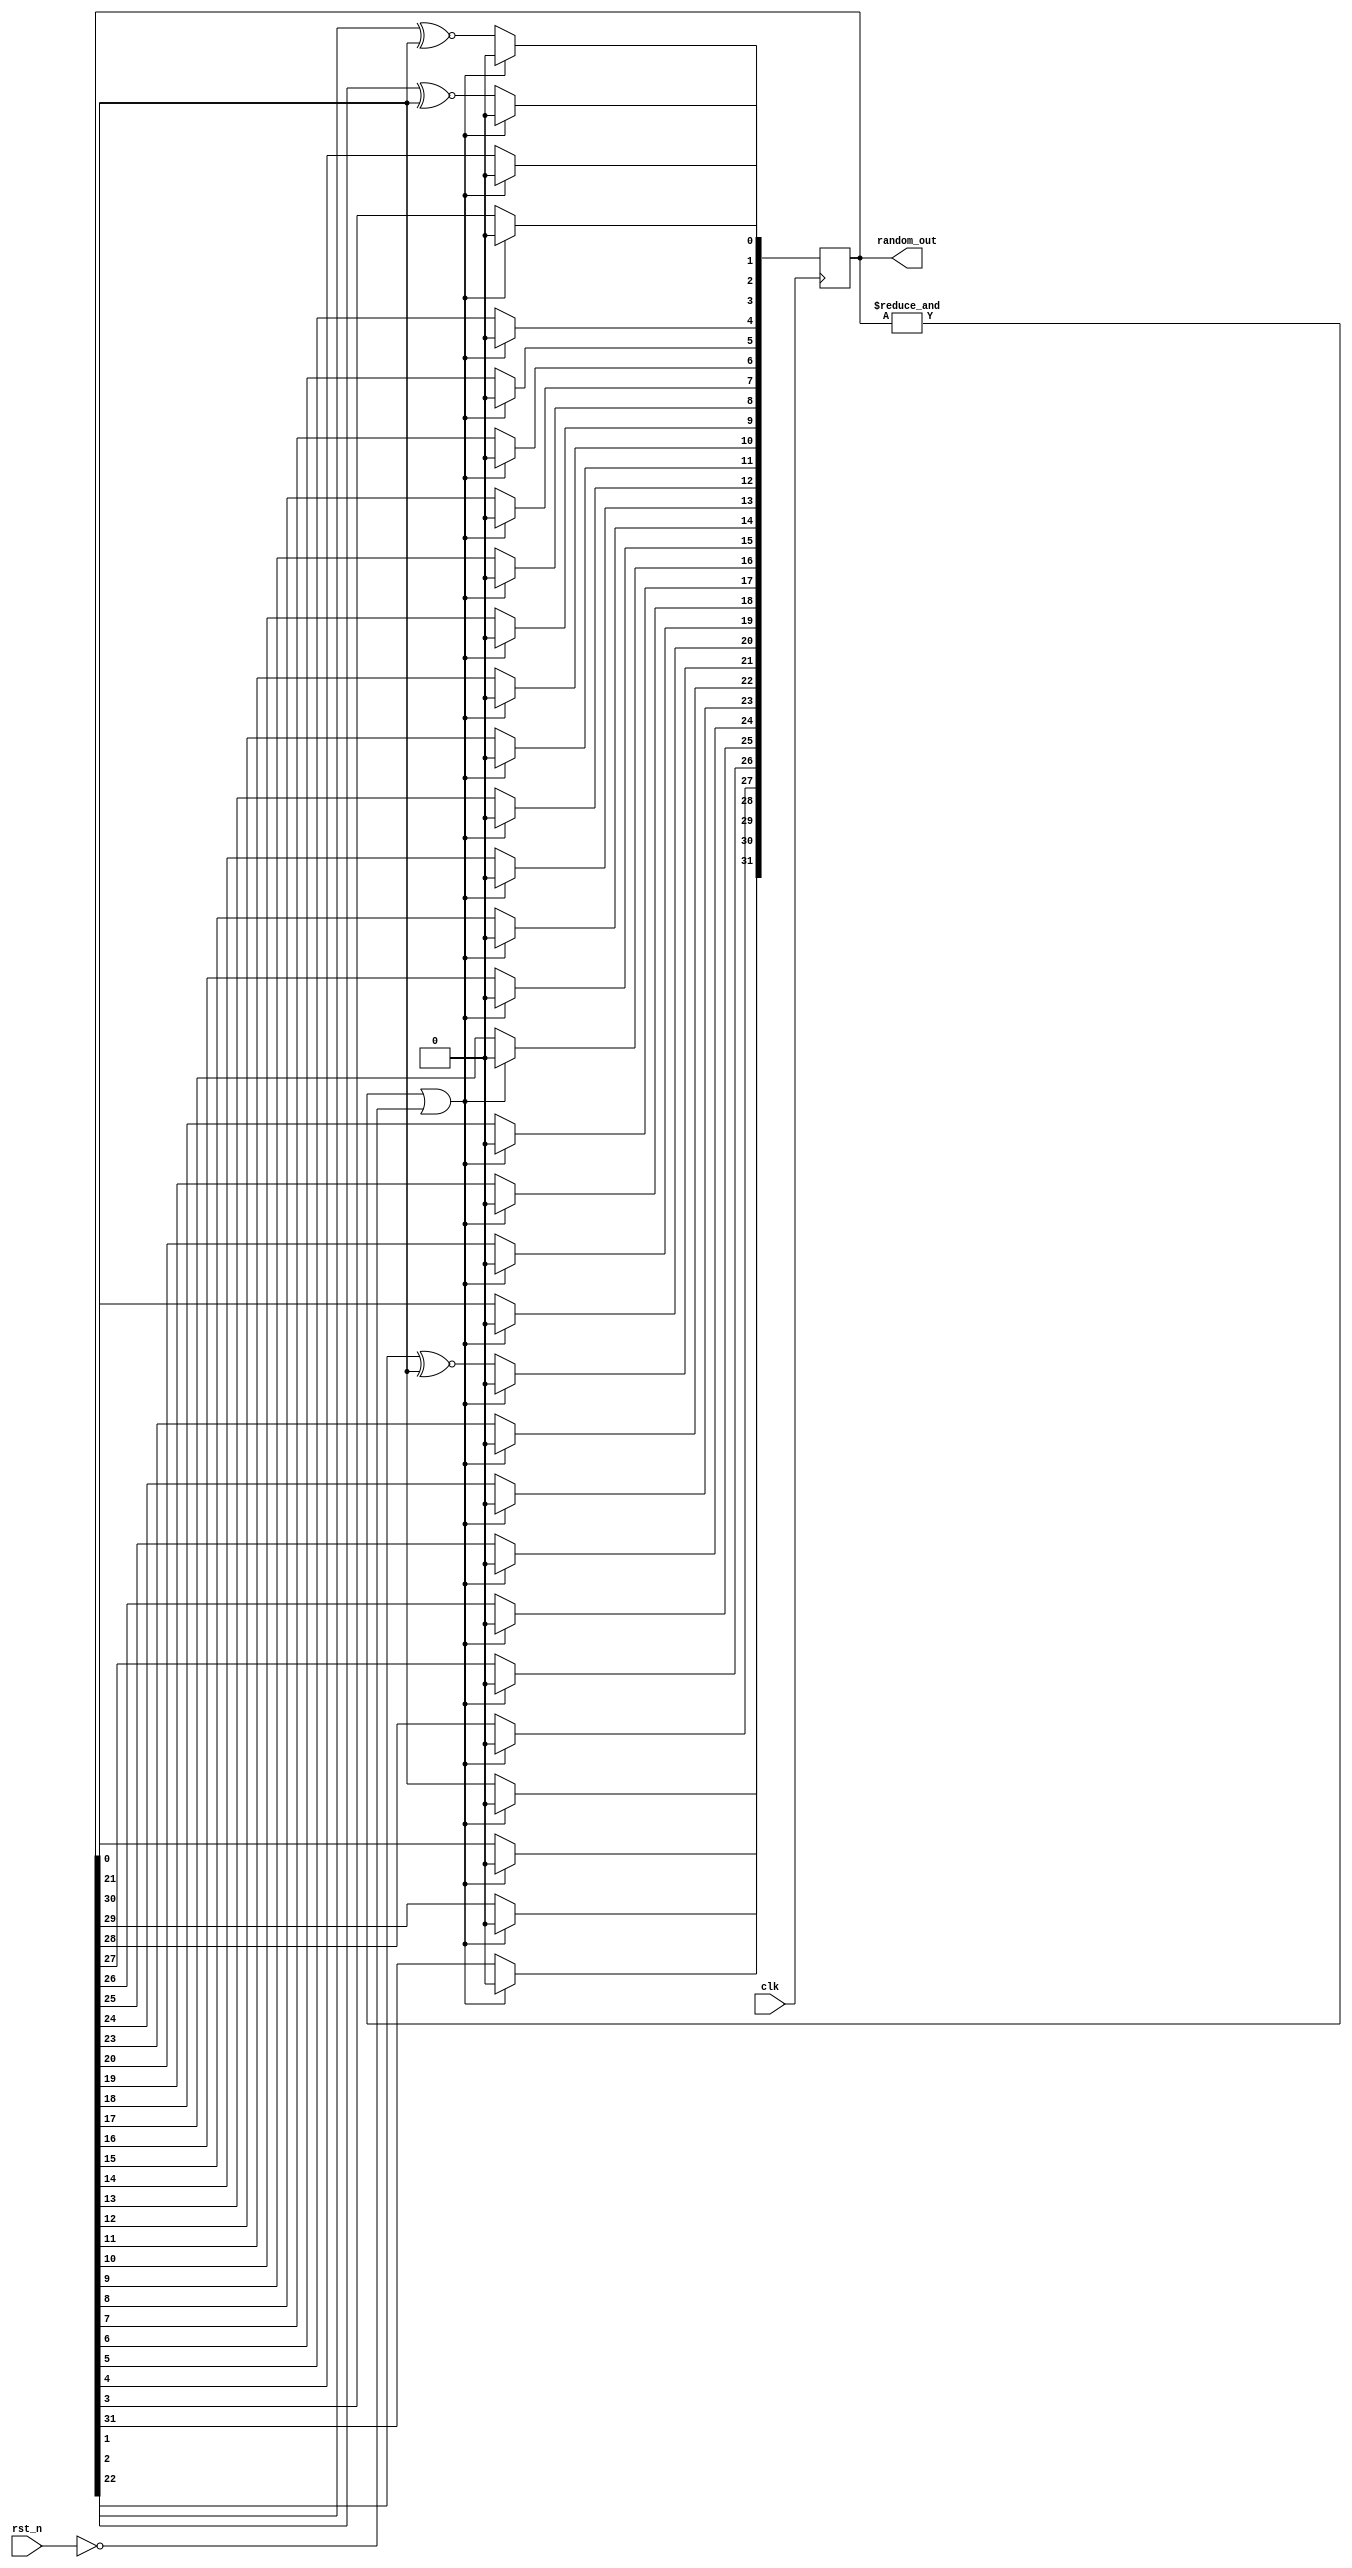
/**
 *  Copyright (C) 2024, Kees Krijnen.
 *
 *  This program is free software: you can redistribute it and/or modify it
 *  under the terms of the GNU Lesser General Public License as published by the
 *  Free Software Foundation, either version 3 of the License, or (at your
 *  option) any later version.
 *
 *  This program is distributed WITHOUT ANY WARRANTY; without even the implied
 *  warranty of MERCHANTIBILITY or FITNESS FOR A PARTICULAR PURPOSE.  See the
 *  GNU Lesser General Public License for more details.
 *
 *  You should have received a copy of the GNU Lesser General Public License
 *  along with this program. If not, see <https://www.gnu.org/licenses/> for a
 *  copy.
 *
 *  License: LGPL, v3, as defined and found on www.gnu.org,
 *           https://www.gnu.org/licenses/lgpl-3.0.html
 *
 *  Description: Pseudo randomizer
 */

`resetall
`timescale 1ns / 1ps
`default_nettype none

/*============================================================================*/
module randomizer #(
/*============================================================================*/
    parameter OUTPUT_WIDTH = 32,
    // Tap points to insert XNOR gates as feedback, (2^OUTPUT_WIDTH)-1 numbers are
    // cycled through before the sequence is repeated (see Xilinx XAPP052)
    parameter [OUTPUT_WIDTH-1:0] LFSR_TAP = 'b1000_0000_00100_0000_0000_0000_000_0011 )
    (
    input  wire clk,
    input  wire rst_n,
    output wire [OUTPUT_WIDTH-1:0] random_out
    );

localparam MAX_CLOG2_WIDTH = 8;
/*============================================================================*/
function integer clog2( input [MAX_CLOG2_WIDTH-1:0] value );
/*============================================================================*/
    reg [MAX_CLOG2_WIDTH-1:0] depth;
    begin
        clog2 = 1; // Minimum bit width
        if ( value > 1 ) begin
            depth = value - 1;
            clog2 = 0;
            while ( depth > 0 ) begin
                depth = depth >> 1;
                clog2 = clog2 + 1;
            end
        end
    end
endfunction // clog2

localparam COUNTER_WIDTH = clog2( OUTPUT_WIDTH );

reg [OUTPUT_WIDTH-1:0] lfsr;

/*============================================================================*/
initial begin // Parameter checks
/*============================================================================*/
    if ( COUNTER_WIDTH > (( 2 ** MAX_CLOG2_WIDTH ) - 1 )) begin
        $display( "COUNTER_WIDTH > (( 2 ** MAX_CLOG2_WIDTH ) - 1 )!" );
        $finish;
    end
    if ( !LFSR_TAP[OUTPUT_WIDTH-1] ) begin
        $display( "Invalid LFSR_TAP = %b" , LFSR_TAP );
        $finish;
    end
    if ( OUTPUT_WIDTH < 3 ) begin
        $display( "Invalid OUTPUT_WIDTH = %d", OUTPUT_WIDTH );
        $finish;
    end
    lfsr = 0;
end

/*============================================================================*/
always @(posedge clk) begin : galois_lfsr
/*============================================================================*/
    reg [COUNTER_WIDTH-1:0] i;

    lfsr[OUTPUT_WIDTH-1] <= lfsr[0];
    for ( i = 0; i < OUTPUT_WIDTH - 1; i = i + 1 ) begin
        lfsr[i] <= lfsr[i+1];
        if ( LFSR_TAP[i] ) begin
            lfsr[i] <= lfsr[i+1] ~^ lfsr[0];
        end
    end        
    if ( &lfsr || !rst_n ) begin
        lfsr <= 0;
    end    
end // galois_lfsr

assign random_out = lfsr;

endmodule